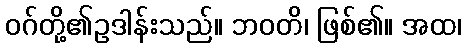
ဝဂ်တို့၏ဥဒါန်းသည်။ ဘဝတိ၊ ဖြစ်၏။ အထ၊